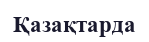
Қазақтарда